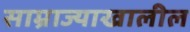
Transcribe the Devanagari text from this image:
साम्राज्याखालील